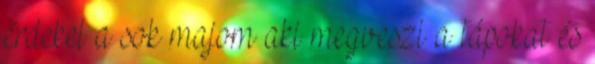
érdekel a sok majom aki megveszi a tápokat és